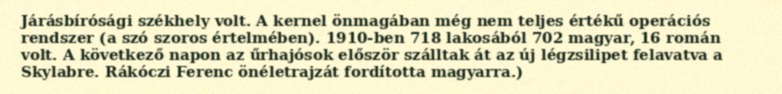
Járásbírósági székhely volt. A kernel önmagában még nem teljes értékű operációs rendszer (a szó szoros értelmében). 1910-ben 718 lakosából 702 magyar, 16 román volt. A következő napon az űrhajósok először szálltak át az új légzsilipet felavatva a Skylabre. Rákóczi Ferenc önéletrajzát fordította magyarra.)